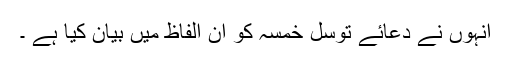
انہوں نے دعائے توسل خمسہ کو ان الفاظ میں بیان کیا ہے ۔